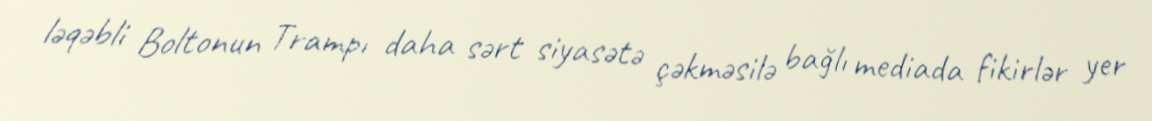
ləqəbli Boltonun Trampı daha sərt siyasətə çəkməsilə bağlı mediada fikirlər yer